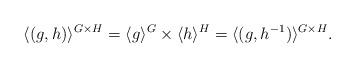
LaTeX: \begin{align*} \langle (g,h) \rangle^{G \times H} = \langle g \rangle^G \times \langle h \rangle^H = \langle (g,h^{-1}) \rangle^{G \times H}. \end{align*}